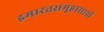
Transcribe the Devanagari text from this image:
इमारतसमूहासाठी